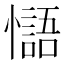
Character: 𢣸